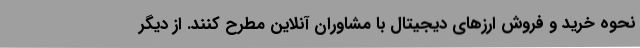
نحوه خرید و فروش ارزهای دیجیتال با مشاوران آنلاین مطرح کنند. از دیگر